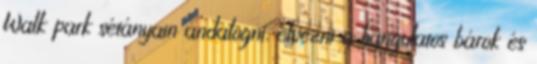
Walk park sétányain andalogni, élvezni a hangulatos bárok és